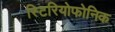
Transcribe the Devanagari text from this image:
स्टिरियोफोनिक